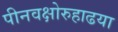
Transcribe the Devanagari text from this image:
पीनवक्षोरुहाढया